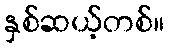
နှစ်ဆယ့်တစ်။